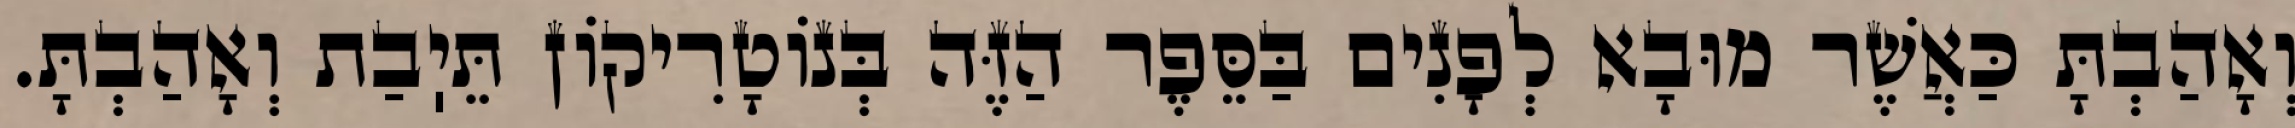
וְאָהַבְתָּ כַּאֲשֶׁר מוּבָא לְפָנִים בַּסֵּפֶר הַזֶּה בְּנוֹטָרִיקוֹן תֵּיֽבַת וְאָהַבְתָּ.